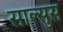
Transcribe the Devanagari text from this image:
साल्सुस